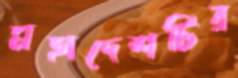
মহাদেশটির